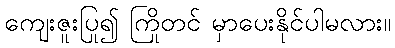
ကျေးဇူးပြု၍ ကြိုတင် မှာပေးနိုင်ပါမလား။